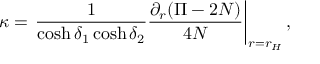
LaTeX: \kappa = \left. { \frac { 1 } { \cosh \delta _ { 1 } \cosh \delta _ { 2 } } } { \frac { \partial _ { r } ( \Pi - 2 N ) } { 4 N } } \right| _ { r = r _ { H } } ,